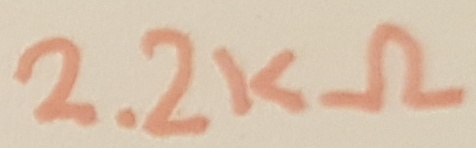
Text: 2.2KΩ